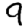
Digit: 9